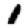
Digit: 1